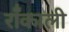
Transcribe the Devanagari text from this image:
रॉँकाली